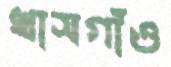
খাসগাঁও